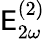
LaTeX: \mathsf{E}_{2\omega}^{(2)}